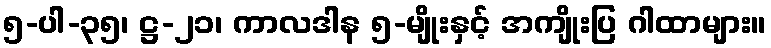
၅-ပါ-၃၅၊ ဋ္ဌ-၂၁၊ ကာလဒါန ၅-မျိုးနှင့် အကျိုးပြ ဂါထာများ။